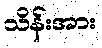
သိန်းအား